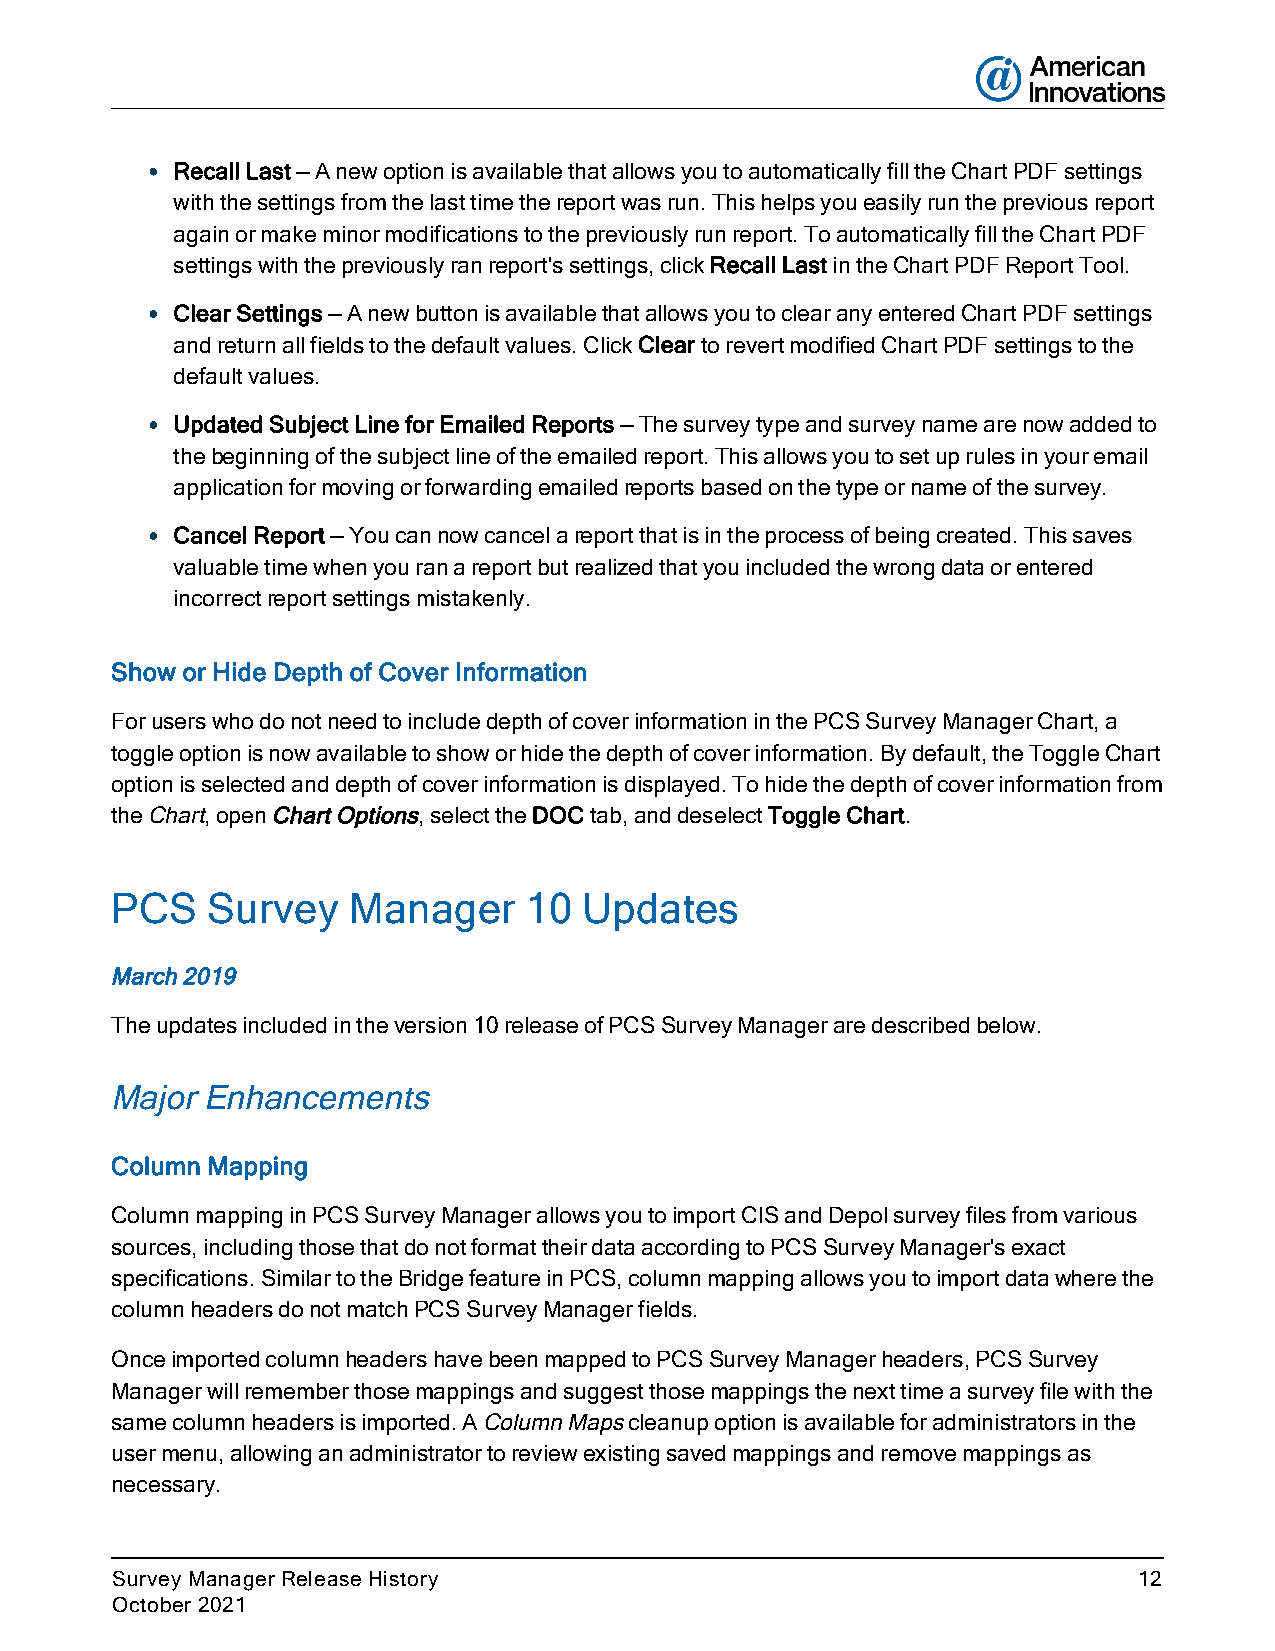
l Recall Last — A new option is available that allows you to automatically fill the Chart PDF settings
 with the settings from the last time the report was run. This helps you easily run the previous report
 again or make minor modifications to the previously run report. To automatically fill the Chart PDF
 settings with the previously ran report's settings, click Recall Last in the Chart PDF Report Tool.
 l Clear Settings — A new button is available that allows you to clear any entered Chart PDF settings
 and return all fields to the default values. Click Clear to revert modified Chart PDF settings to the
 default values.
 l Updated Subject Line for Emailed Reports — The survey type and survey name are now added to
 the beginning of the subject line of the emailed report. This allows you to set up rules in your email
 application for moving or forwarding emailed reports based on the type or name of the survey.
 l Cancel Report — You can now cancel a report that is in the process of being created. This saves
 valuable time when you ran a report but realized that you included the wrong data or entered
 incorrect report settings mistakenly.
 Show or Hide Depth of Cover Information
 For users who do not need to include depth of cover information in the PCS Survey Manager Chart, a
 toggle option is now available to show or hide the depth of cover information. By default, the Toggle Chart
 option is selected and depth of cover information is displayed. To hide the depth of cover information from
 the Chart, open Chart Options, select the DOC tab, and deselect Toggle Chart.
 PCS    Survey   Manager     10  Updates
 March 2019
 The updates included in the version 10 release of PCS Survey Manager are described below.
 Major Enhancements
 Column Mapping
 Column mapping in PCS Survey Manager allows you to import CIS and Depol survey files from various
 sources, including those that do not format their data according to PCS Survey Manager's exact
 specifications. Similar to the Bridge feature in PCS, column mapping allows you to import data where the
 column headers do not match PCS Survey Manager fields.
 Once imported column headers have been mapped to PCS Survey Manager headers, PCS Survey
 Manager will remember those mappings and suggest those mappings the next time a survey file with the
 same column headers is imported. A Column Maps cleanup option is available for administrators in the
 user menu, allowing an administrator to review existing saved mappings and remove mappings as
 necessary.
 Survey Manager Release History                                      12
 October 2021